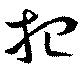
想